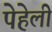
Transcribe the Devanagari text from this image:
पेहेली